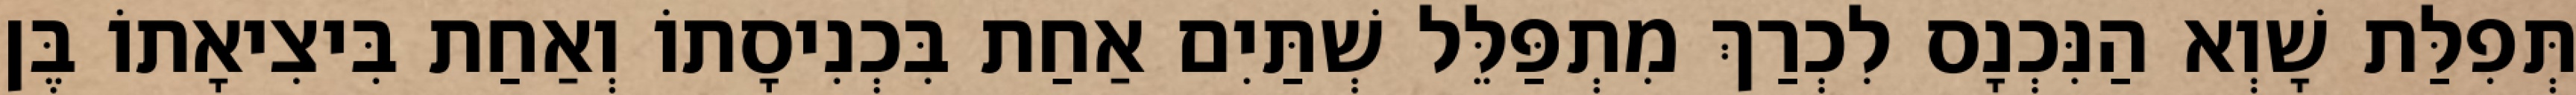
תְּפִלַּת שָׁוְא הַנִּכְנָס לִכְרַךְ מִתְפַּלֵּל שְׁתַּיִם אַחַת בִּכְנִיסָתוֹ וְאַחַת בִּיצִיאָתוֹ בֶּן